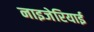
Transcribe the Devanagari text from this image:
नाइजेरियाई